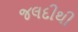
જલદીથી